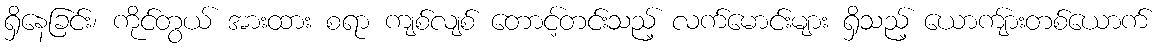
ရှိနေခြင်း၊ ကိုင်တွယ် အားထား စရာ ကျစ်လျစ် တောင့်တင်းသည့် လက်မောင်းများ ရှိသည့် ယောကျ်ားတစ်ယောက်